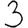
Digit: 3